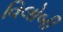
વિલોબી